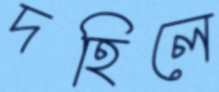
দহিলে